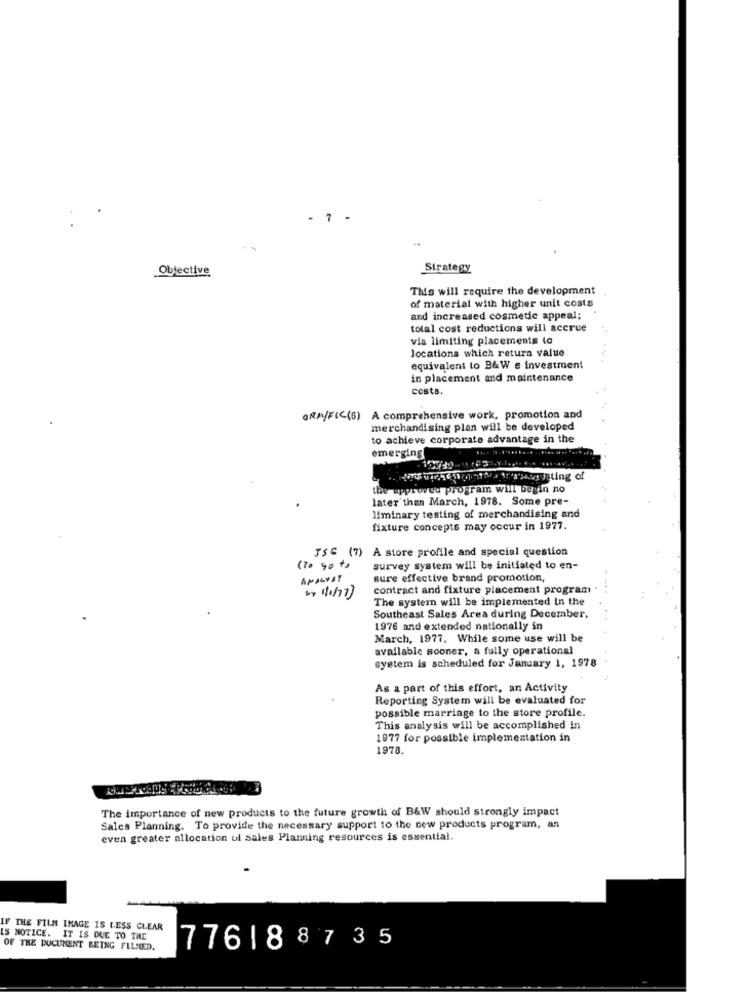
Objective
Strategy
This will require the development
of material with higher unit costs
and increased cosmetic appeal;
total cost reductions will accrue
via limiting placements to
locations which return value
equivalent to B&W s investment
in placement and maintenance
costs.
ORA/FIC (S) A comprehensive work, promotion and
merchandising plan will be developed
to achieve corporate advantage in the
emerging
the approvew program will begin no
later than March, 1978. Some pre-
liminary testing of merchandising and
fixture concepts may occur in 1977.
JSE (7)
A store profile and special question
(To go to
survey system will be initiated to en-
ANALYST
sure effective brand promotion,
contract and fixture placement program
The system will be implemented In the
Southeast Sales Area during December.
1976 and extended nationally in
March, 1977. While some use will be
available sooner, a fully operational
system is scheduled for January 1, 1978
As a part of this effort, an Activity
Reporting System will be evaluated for
possible marriage to the store profile.
This analysis will be accomplished in
1977 for possible implementation in
1978.
The importance of new products to the future growth of B&W should strongly impact
Sales Planning. To provide the necessary support to the new products program, an
even greater allocation ol sales Planning resources is essential.
F THE FILM IMAGE IS LESS CLEAR
IS NOTICE. IT IS DUE TO THE
OF THE DOCUMENT BEING FILMED.
776188735